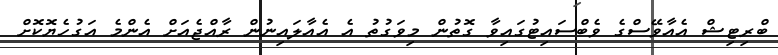
ބްރިޓިޝް އެއާވޭސްގެ ވެބްސައިޓުގައިވާ ގޮތުން މިވަގުތު އެ އެއާލައިނުން ރާއްޖެއަށް އެންމެ އަގުހެޔޮކޮށް